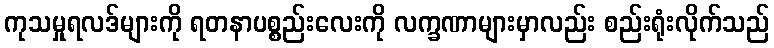
ကုသမှုရလဒ်များကို ရတနာပစ္စည်းလေးကို လက္ခဏာများမှာလည်း စည်းရုံးလိုက်သည်